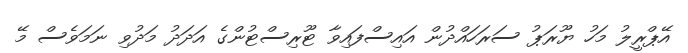
އޭޕްރީލު މަހު ޔޫރަޕު ސަރަހައްދުން އައިސްފައިވާ ޓޫރިސްޓުންގެ އަދަދު މަދުވި ނަމަވެސް މޭ